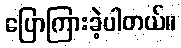
ပြောကြားခဲ့ပါတယ်။